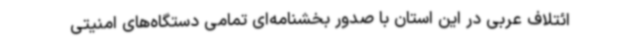
ائتلاف عربی در این استان با صدور بخشنامه‌ای تمامی دستگاه‌های امنیتی